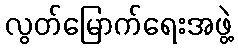
လွတ်မြောက်ရေးအဖွဲ့